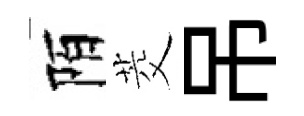
陌茭吊